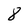
Character: 8